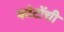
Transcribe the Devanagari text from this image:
फोटोंची